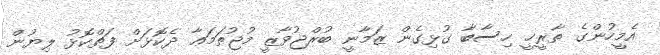
އެމީހުންގެ ތާރީޚީ ހިސާބާ ގުޅިގެން ޒަމާނީ ބުރްޖުވާޒީ މުޖުތަމަޢާ ދެކޮޅަށް ފަތްކޮޅު ލިޔުން